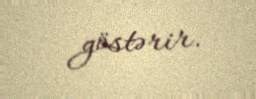
göstərir.